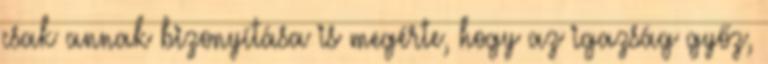
csak annak bizonyítása is megérte, hogy az igazság győz,